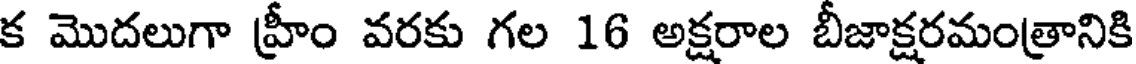
క మొదలుగా హ్రీం వరకు గల 16 అక్షరాల బీజాక్షరమంత్రానికి